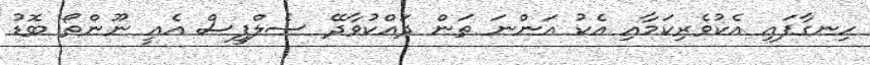
ހިނގާފައި އެކުވެރިކަމާއި އެކު އަންނަ ތަން ދައްކުވާދޭ ސެލްފީސް އެއީ ނޫންތޯ ބޮޑު